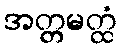
အတ္တမတ္ထံ